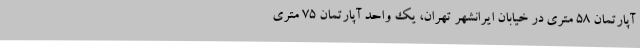
آپارتمان 58 متری در خیابان ایرانشهر تهران، یک واحد آپارتمان 75 متری